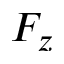
F _ { z }